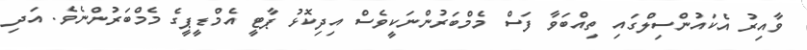
ވާއިރު އެކައުންސިލްގައި ތިއްބަވާ ފަސް މެމްބަރުންނަކީވެސް އިދިކޮޅު ޕާޓީ އެމްޑީޕީގެ މެމްބަރުންނެވެ. އަދި